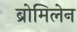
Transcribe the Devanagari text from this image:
ब्रोमिलेन